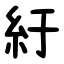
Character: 紆